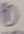
Text: 1